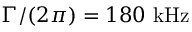
\Gamma / ( 2 \pi ) = 1 8 0 ~ \mathrm { k H z }